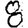
Digit: 8